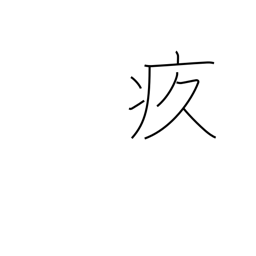
Meaning: painful